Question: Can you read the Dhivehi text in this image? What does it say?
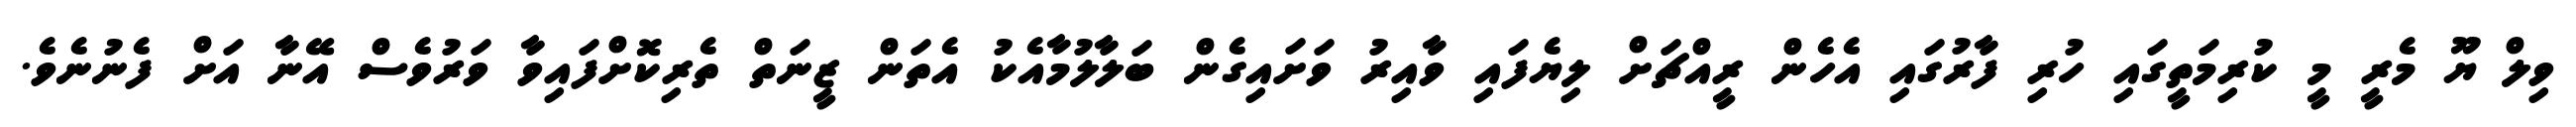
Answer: ވިލް ޔޫ މެރީ މީ ކުރިމަތީގައި ހުރި ފާރުގައި އެހެން ރީއްޗަށް ލިޔެފައި ވާއިރު ވަށައިގެން ބަލާލުމާއެކު އެތަން ޒީނަތް ތެރިކޮށްފައިވާ ވަރުވެސް އޭނާ އަށް ފެނުނެވެ.